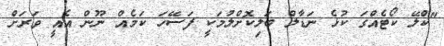
"ކްލޭ ކޯޓެއްގަ ކުޅެ ނަޑާލް ބަލިކޮށްލުމަކީ ފަސޭހަ ކަމެއް ނޫން އެއީ ވަރަށް